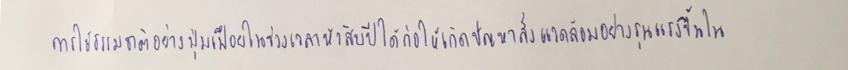
การใช้ธรรมชาติอย่างฟุ่มเฟือยในช่วงเวลาห้าสิบปีได้ก่อให้เกิดปัญหาสิ่งแวดล้อมอย่างรุนแรงขึ้นใน